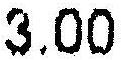
3.00